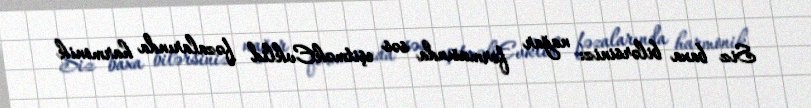
Siz baxa bilərsiniz: nağar formasında səs eşitməkEvklid fəzalarında harmonik